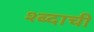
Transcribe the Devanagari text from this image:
श्ब्दाची